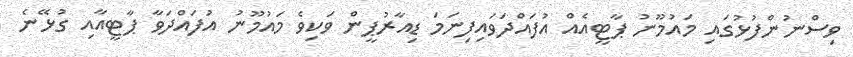
ވިސްނުންފުޅުގައި މައުމޫނު ޕާޓީއެއް އުފައްދަވައިފިނަމަ ޑިއާރުޕީން ވަކިވެ މައުމޫނު އުފައްދަވާ ޕާޓީއާއި ގުޅޭނެ